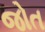
જોત